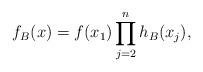
LaTeX: \begin{align*} f_B(x)=f(x_1)\prod_{j=2}^n h_B(x_j),\end{align*}